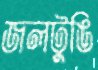
জলটুঙি